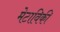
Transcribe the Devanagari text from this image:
मेटाविकी